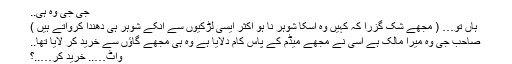
جی جی وہ ہی..
ہاں تو… ( مجھے شک گزرا کہ کہیں وہ اسکا شوہر نا ہو اکثر ایسی لڑکیوں سے انکے شوہر ہی دھندا کرواتے ہیں )
صاحب جی وہ میرا مالک ہے اسی نے مجھے میڈم کے پاس کام دلایا ہے وہ ہی مجھے گاؤں سے خرید کر لایا تھا..
واٹ….. خرید کر…..؟